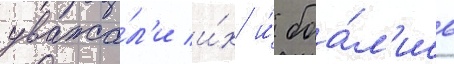
уважа́л'и и́х и́ боа́л'ись